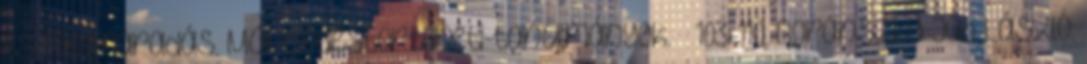
és megmaradás. Művelődéstörténeti tanulmányok. – 103-110. Boránszky Jób László: